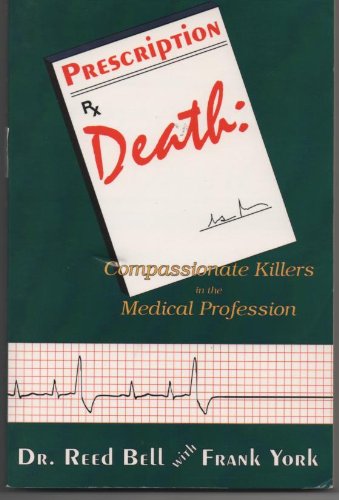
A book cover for Prescription Death: Compassionate Killers in the Medical Profession; Reed Bell; Medical Books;